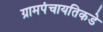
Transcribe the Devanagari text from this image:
ग्रामपंचायतिकडे